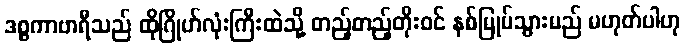
ဒစ္စကာဗာရီသည် ထိုဂြိုဟ်လုံးကြီးထဲသို့ တည့်တည့်တိုးဝင် နစ်မြုပ်သွားမည် မဟုတ်ပါဟု